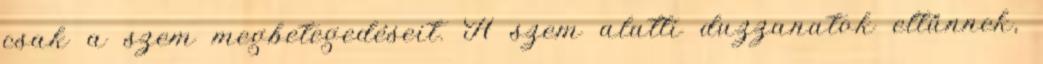
csak a szem megbetegedéseit. A szem alatti duzzanatok eltűnnek,